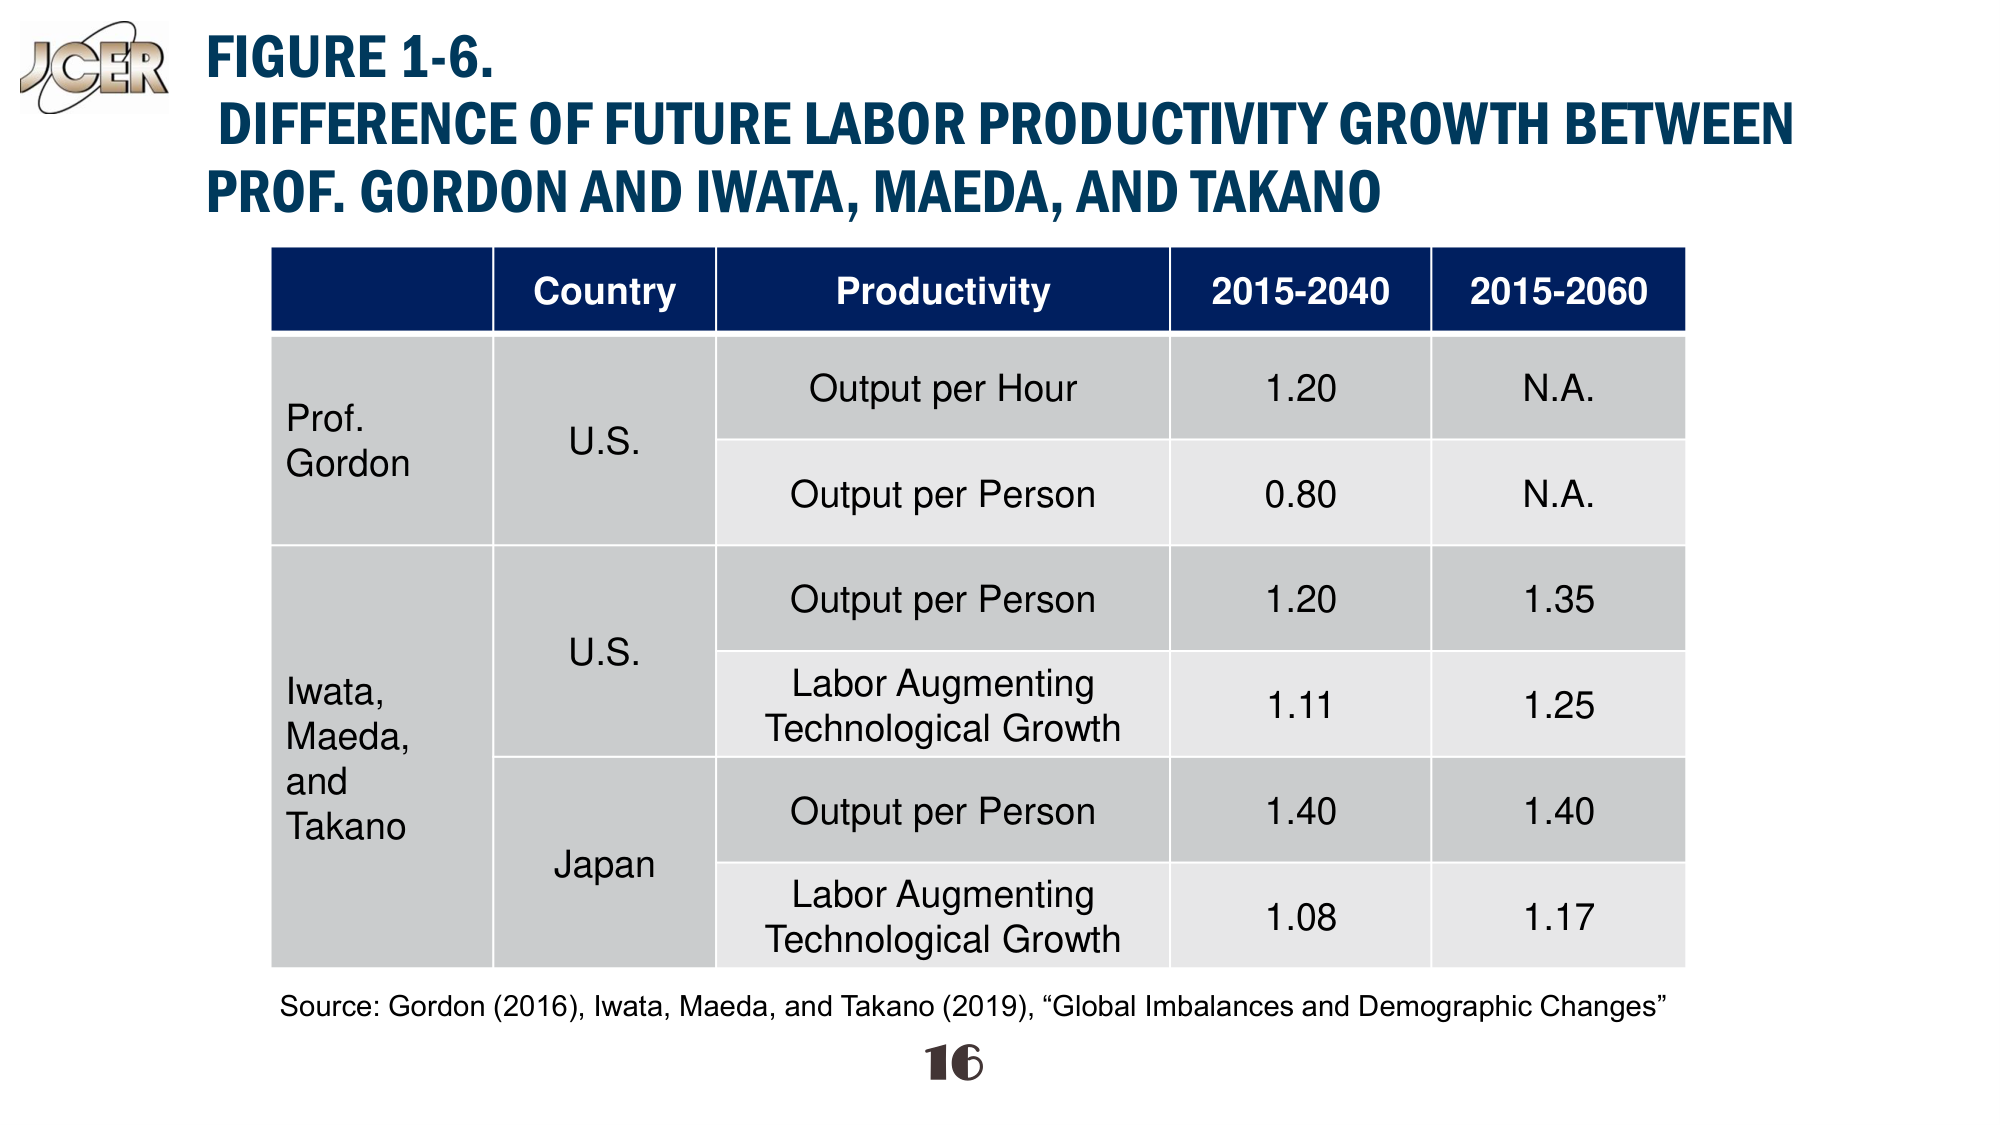
J Cer
FIGURE 1-6.
DIFFERENCE OF FUTURE LABOR PRODUCTIVITY GROWTH BETWEEN
PROF. GORDON AND IWATA, MAEDA, AND TAKANO

Country          Productivity               2015-2040    2015-2060
Prof. Gordon     U.S.                       Output per Hour         1.20       N.A.
                 U.S.                       Output per Person       0.80       N.A.
Iwata, Maeda,    U.S.                       Output per Person       1.20       1.35
and Takano       U.S.                       Labor Augmenting        1.11       1.25
                 Japan                      Output per Person       1.40       1.40
                 Japan                      Labor Augmenting        1.08       1.17
                 Technological Growth       Technological Growth

Source: Gordon (2016), Iwata, Maeda, and Takano (2019), “Global Imbalances and Demographic Changes”
16